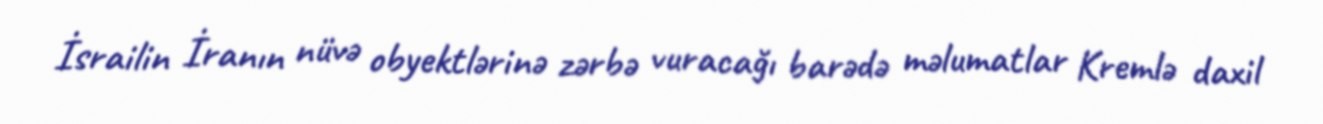
İsrailin İranın nüvə obyektlərinə zərbə vuracağı barədə məlumatlar Kremlə daxil